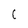
Character: C